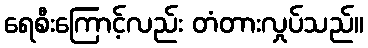
ရေစီးကြောင့်လည်း တံတားလှုပ်သည်။